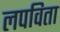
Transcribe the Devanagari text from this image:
लपविता